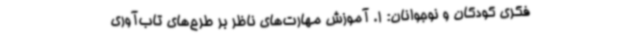
فکری کودکان و نوجوانان: 1. آموزش مهارت‌های ناظر بر طرح‌های تاب‌آوری